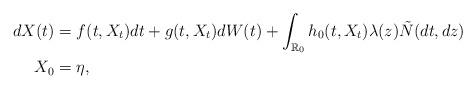
LaTeX: \begin{align*} d X(t)&=f(t, X_t) d t+g(t,X_t)d W(t)+ \int_{\mathbb{R}_0}h_0(t,X_t)\lambda(z)\tilde N(d t, d z)\\X_0&=\eta, \end{align*}